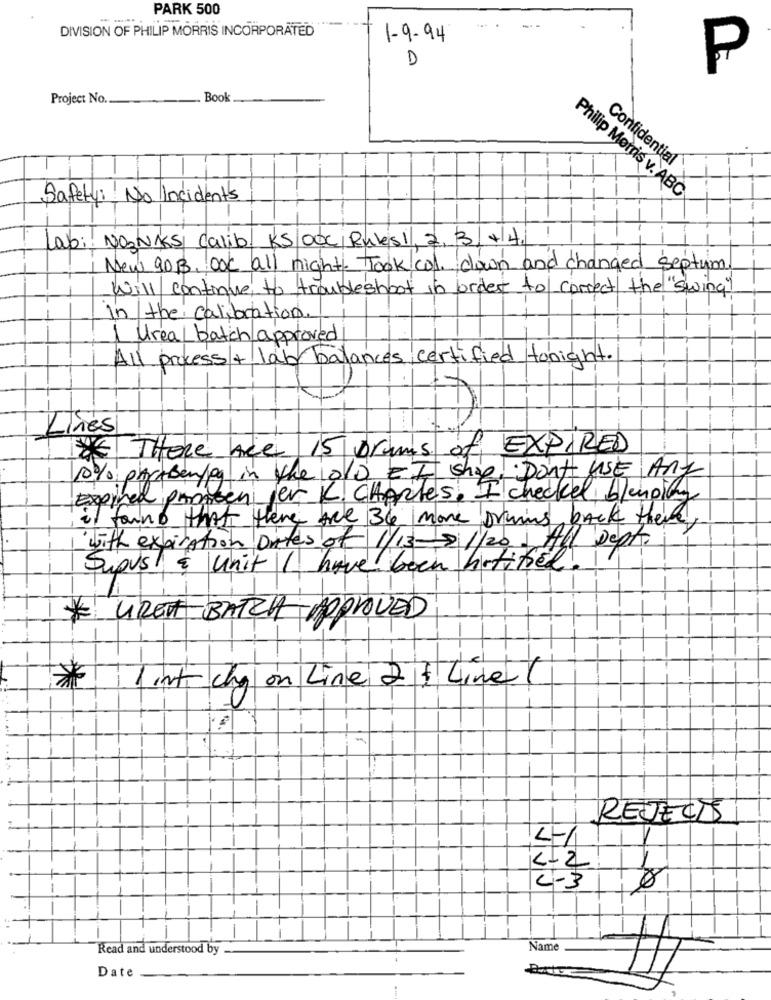
PARK 500
DIVISION OF PHILIP MORRIS INCORPORATED
1-9-94
D
P
Project No.
Book
Confidential
Philip Morris v. ABC
Safety :: No Incidents
Labi: NONKS Calib. KS OOC Rules1, 2, 3 +14
New 90B. Ook all night. Took col. down and changed septum
Will continue to troubleshoot in order to correct the "swing"
In the calibration.
Urea batch approved
All process + lab balances certified tonight.
Lines
There Are 15 Drums of EXPIRED
10% phrasenjeg in the cold EI shop! Don't use And
Expired proneen fer K. Charles. I checked bleuging
i found that there tree 36 more Druming back there,
with expiration Dates of 1/13- 8 1/201 All Dept.
Sypus! & unit I have been hititsel!
* GREAT BATCH APPROVED
*
int chy on Line 2 + Line
REJECTS
42
4-3
Read and understood by
Name
Date